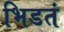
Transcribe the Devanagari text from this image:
भिडतं